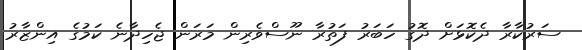
ސަރުކާރާ ދެކޮޅަށް ދޮގު ހަބަރު ފަތުރާ ނޫސްވެރިން މަރަން ޖެހިދާނެ ކަމުގެ އިންޒާރު